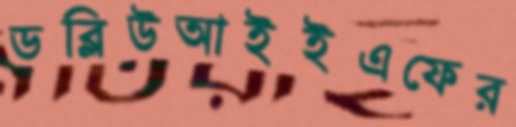
ডব্লিউআইইএফের